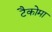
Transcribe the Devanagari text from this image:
टैकोमा